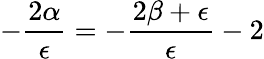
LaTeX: -\frac{2\alpha}{\epsilon}=-\frac{2\beta+\epsilon}{\epsilon}-2